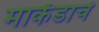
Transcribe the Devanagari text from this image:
मार्कंडाचे